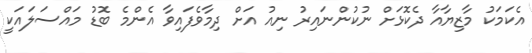
އެކަމަކު މާޒިޔާއާ ދެކޮޅަށް ނުކުންނައިރު ނިއު އަށް ދިމާވެފައިވާ އެންމެ ބޮޑު މައްސަލައަކީ